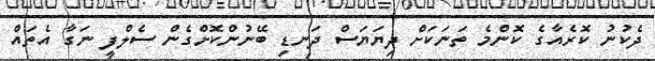
ދެކުނު ކޮރެއާގެ ކޮންމެ ތަނަކަށް ދިޔަޔަސް ދަނޑި ބޭނުންކޮށްގެން ސެލްފީ ނަގާ އެތައް